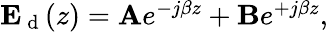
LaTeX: \begin{array}{r}{\mathbf{E}_{\mathrm{~d~}}(z)=\mathbf{A}e^{-j\beta z}+\mathbf{B}e^{+j\beta z},}\end{array}